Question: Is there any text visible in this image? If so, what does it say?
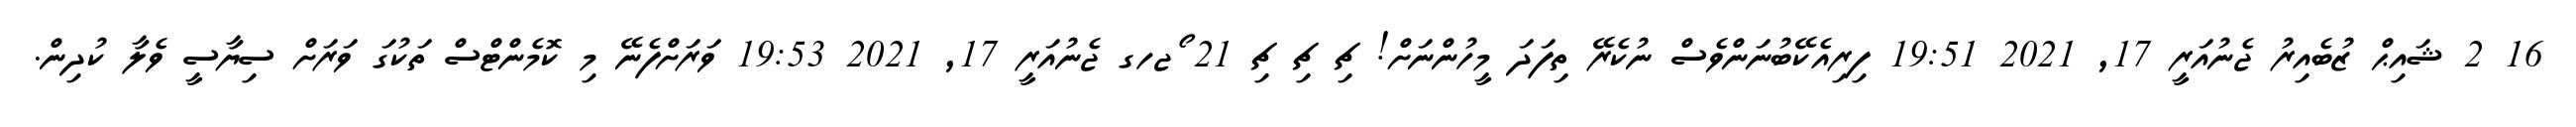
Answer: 16 2 ޝައިޙް ޒުބެއިރު ޖެނުއަރީ 17, 2021 19:51 ފިރިއެކޭބުނަންވެސް ނުކެރޭ ތިފަދަ މީހުންނަށް! ޗި ޗި ޗި 21 ޯޖހގ ޖެނުއަރީ 17, 2021 19:53 ވަރަށްފެނޭ މި ކޮމެންޓްސް ތަކުގަ ވަރަށް ސިޔާސީ ވެލާ ކުދިން.